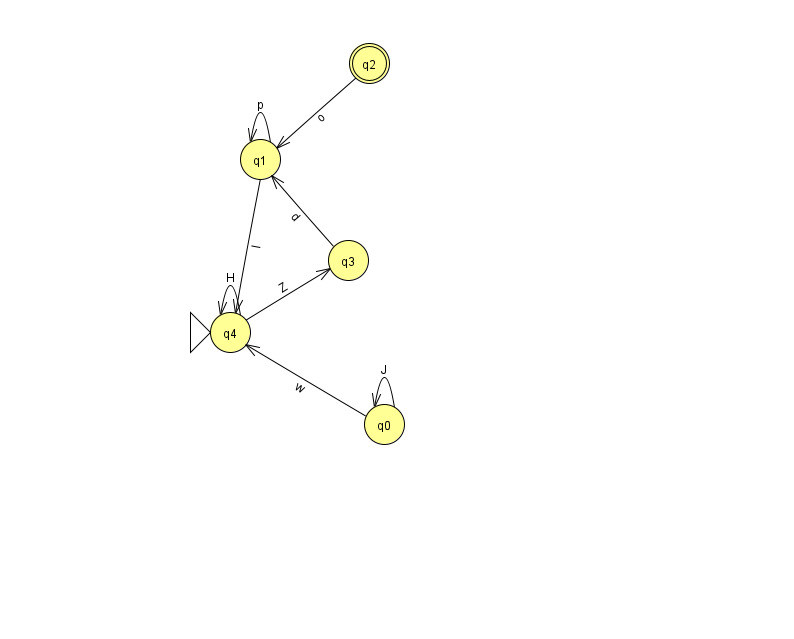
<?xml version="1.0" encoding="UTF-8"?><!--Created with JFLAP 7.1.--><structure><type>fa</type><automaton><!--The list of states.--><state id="0" name="q0"><x>384.0</x><y>411.0</y></state><state id="1" name="q1"><x>260.0</x><y>146.0</y></state><state id="2" name="q2"><x>369.0</x><y>50.0</y><final/></state><state id="3" name="q3"><x>348.0</x><y>247.0</y></state><state id="4" name="q4"><x>230.0</x><y>319.0</y><initial/></state><!--The list of transitions.--><transition><from>1</from><to>1</to><read>p</read></transition><transition><from>2</from><to>1</to><read>o</read></transition><transition><from>1</from><to>4</to><read>l</read></transition><transition><from>4</from><to>3</to><read>Z</read></transition><transition><from>4</from><to>4</to><read>H</read></transition><transition><from>3</from><to>1</to><read>d</read></transition><transition><from>0</from><to>0</to><read>J</read></transition><transition><from>0</from><to>4</to><read>w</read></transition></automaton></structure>